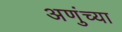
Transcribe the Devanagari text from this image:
अणुंच्या